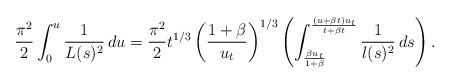
LaTeX: \begin{align*}\frac{\pi^2}{2}\int_0^u \frac{1}{L(s)^2}\, du =\frac{\pi^2}{2}t^{1/3}\left(\frac{1+\beta}{u_t}\right)^{1/3}\left(\int_{\frac{\beta u_t}{1+\beta}}^{\frac{(u+\beta t)u_t}{t+\beta t}}\frac{1}{l(s)^2}\, ds\right).\end{align*}